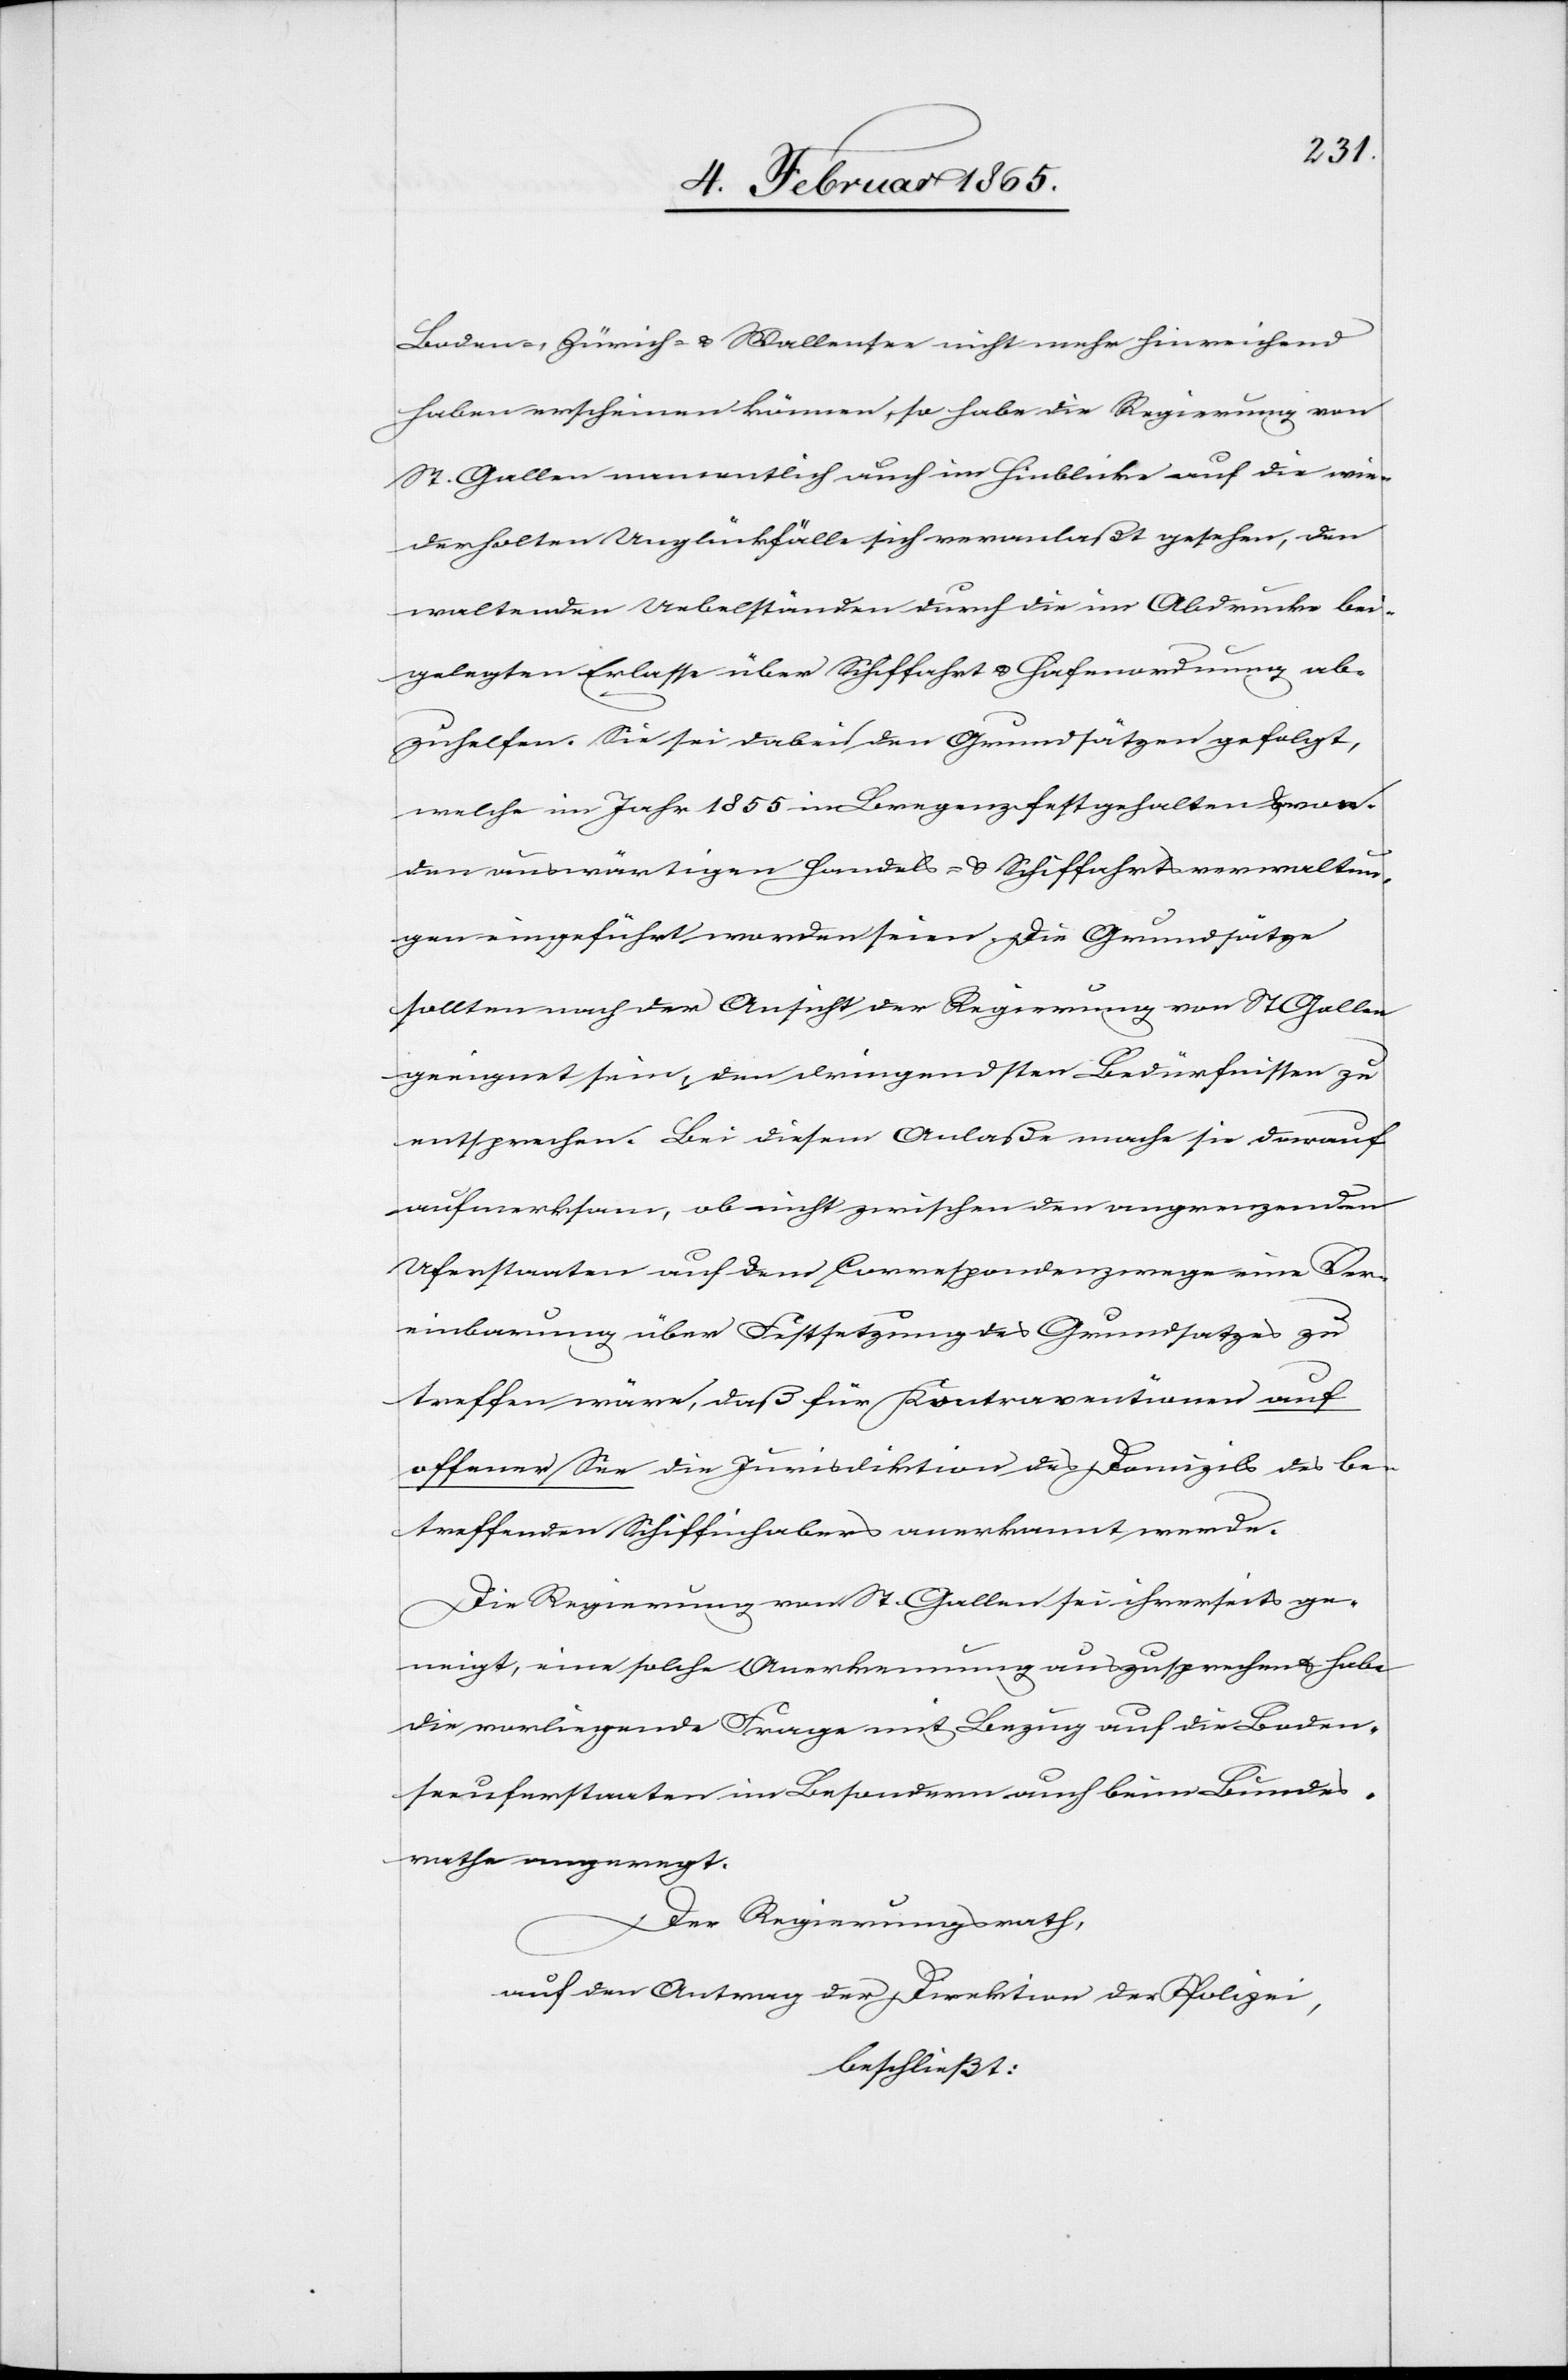
Boden-, Zürich- u. Wallensee nicht mehr hinreichend
haben erscheinen können, so habe die Regierung von
St. Gallen namentlich auch im Hinblicke auf die wie¬
derholten Unglückfälle sich veranlaßt gesehen, den
waltenden Uebelständen durch die im Abdrucke bei¬
gelegten Erlasse über Schiffahrt u. Hafenordnung ab¬
zuhelfen. Sie sei dabei den Grundsätzen gefolgt,
welche im Jahr 1855 im Bregenz festgehalten u. von
den auswärtigen Handels- u. Schiffahrtsverwaltun¬
gen eingeführt worden seien. Die Grundsätze
sollten nach der Ansicht der Regierung von St. Gallen
geeignet sein, den dringendsten Bedürfnissen zu
entsprechen. Bei diesem Anlaße mache sie darauf
aufmerksam, ob nicht zwischen den angrenzenden
Uferstaaten auf dem Correspondenzwege eine Ver¬
einbarung über Festsetzung des Grundsatzes zu
treffen wäre, daß für Kontraventionen auf
offener See die Jurisdiktion des Domizils des be¬
treffenden Schiffinhabers anerkannt werde.
Die Regierung vom St. Gallen sei ihrerseits ge¬
neigt, eine solche Anerkennung auszusprechen u. habe
die vorliegende Frage mit Bezug auf die Boden¬
seeuferstaaten im Besondern auch beim Bundes¬
rathe angeregt.
Der Regierungsrath,
auf den Antrag der Direktion der Polizei,
beschließt: